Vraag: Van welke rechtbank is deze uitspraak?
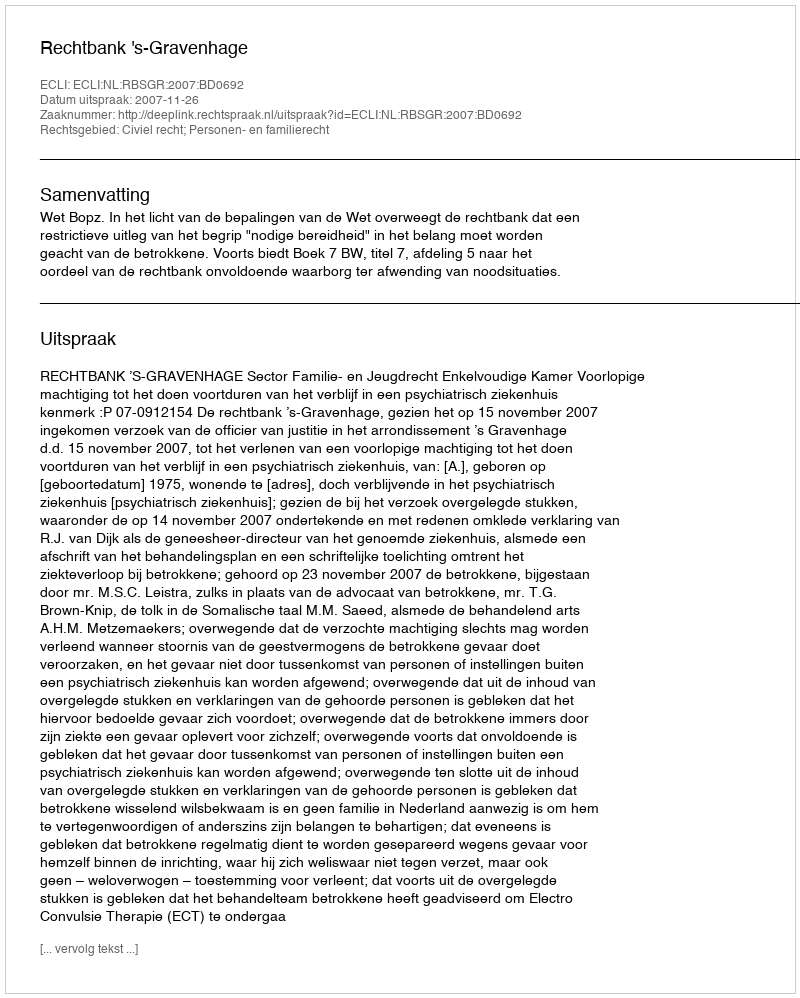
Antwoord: Rechtbank 's-Gravenhage